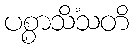
ပစ္စာသိံသတိ